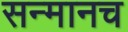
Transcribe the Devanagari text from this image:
सन्मानच